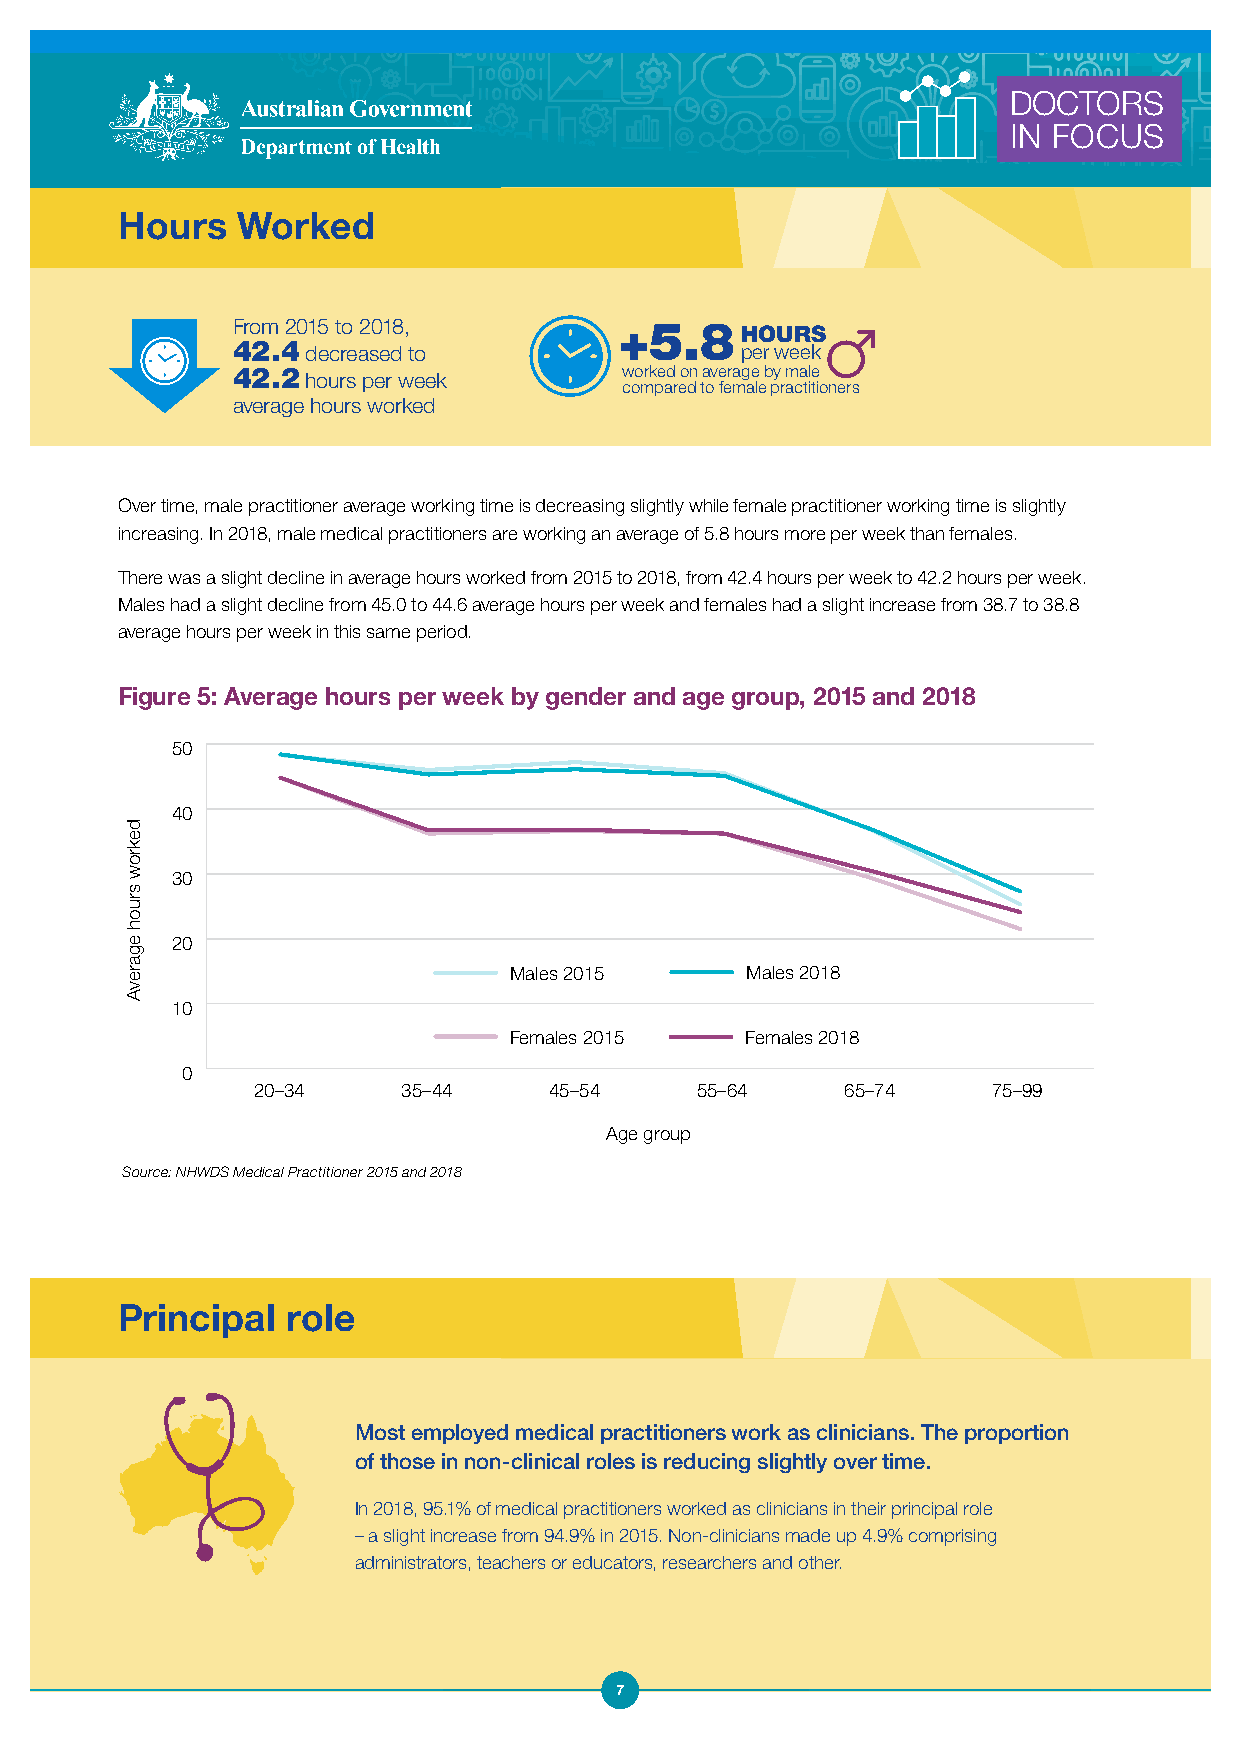
DOCTORS
 IN FOCUS
 Hours   Worked
 From 2015 to 2018,        +5.8HOURS
 42.4 decreased to                 per week
 42.2 hours per week       worked on average by male
 compared to female practitioners
 average hours worked
 Over time, male practitioner average working time is decreasing slightly while female practitioner working time is slightly
 increasing. In 2018, male medical practitioners are working an average of 5.8 hours more per week than females.
 There was a slight decline in average hours worked from 2015 to 2018, from 42.4 hours per week to 42.2 hours per week.
 Males had a slight decline from 45.0 to 44.6 average hours per week and females had a slight increase from 38.7 to 38.8
 average hours per week in this same period.
 Figure 5: Average hours per week by gender and age group, 2015 and 2018
 50
 40
 30
 20
 Males 2015     Males 2018
 10
 Females 2015   Females 2018
 0
 20–34     35–44    45–54     55–64     65–74     75–99
 Age group
 Source: NHWDS Medical Practitioner 2015 and 2018
 Principal  role
 Most employed medical practitioners work as clinicians. The proportion
 of those in non-clinical roles is reducing slightly over time.
 In 2018, 95.1% of medical practitioners worked as clinicians in their principal role
 – a slight increase from 94.9% in 2015. Non-clinicians made up 4.9% comprising
 administrators, teachers or educators, researchers and other.
 7
 dekrow
 sruoh
 egarevA